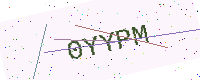
Text: 0YYPM